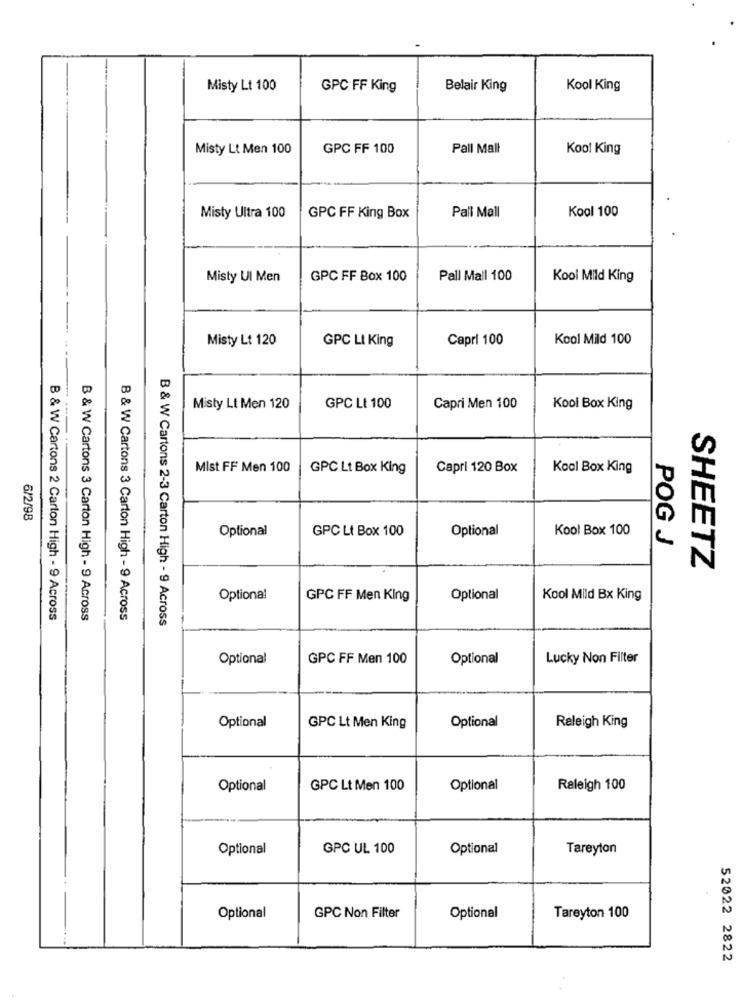
Misty Lt 100
GPC FF King
Belair King
Kool King
Misty Lt Men 100
GPC FF 100
Pall Mall
Kool King
Pall Mall
Kool 100
Misty Ultra 100
GPC FF King Box
Misty UI Men
GPC FF Box 100
Pall Mall 100
Kool Mild King
Misty Lt 120
GPC LI King
Capri 100
Kool Mild 100
Misty Lt Men 120
GPC LI 100
Capri Men 100
Kool Box King
Mist FF Men 100
GPC Lt Box King
Capri 120 Box
Kool Box King
6/2/98
Optional
GPC Lt Box 100
Optional
Kool Box 100
POG J
SHEETZ
Optional
GPC FF Men King
Optional
Kool Mild Bx King
B & W Cartons 2 Carton High - 9 Across
B & W Cartons 3 Carton High - 9 Across
B & W Cartons 3 Carton High - 9 Across
B & W Cartons 2-3 Carton High - 9 Across
Optional
GPC FF Men 100
Optional
Lucky Non Filter
Optional
Optional
GPC Lt Men King
Raleigh King
Optional
GPC Lt Men 100
Optional
Raleigh 100
Optional
GPC UL 100
Optional
Tareyton
Optional
GPC Non Filter
Optional
Tareyton 100
52022 2822